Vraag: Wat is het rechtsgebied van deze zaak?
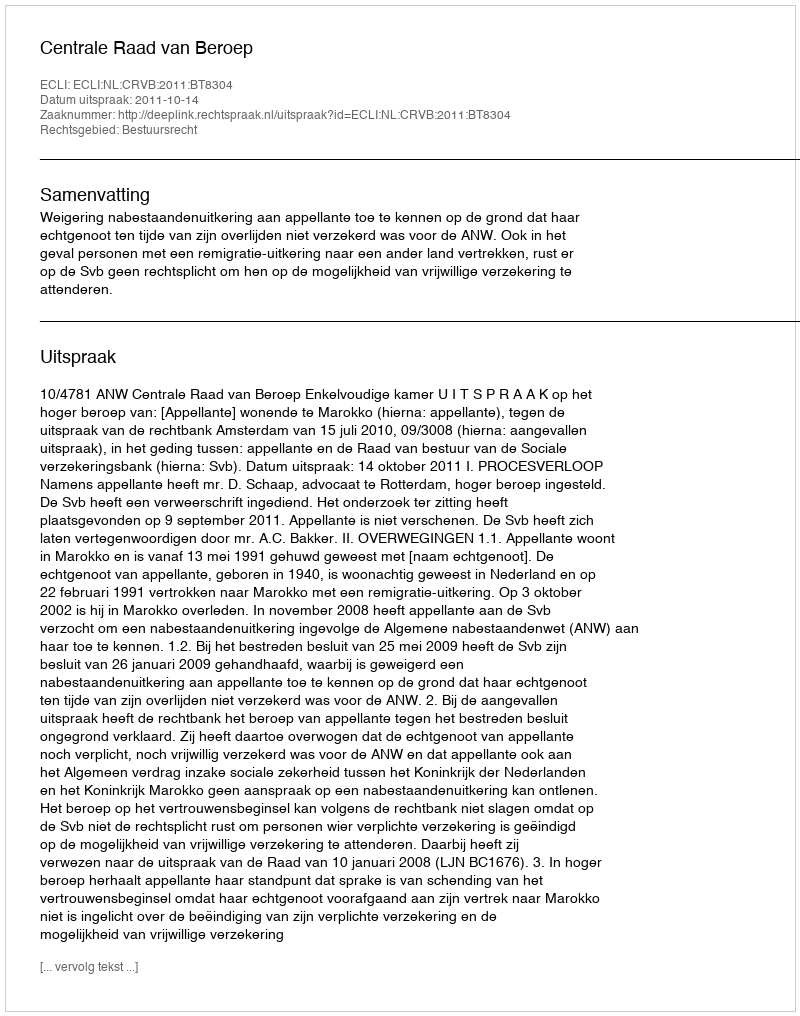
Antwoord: Bestuursrecht